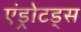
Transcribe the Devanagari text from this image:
एंड्रोटड्स